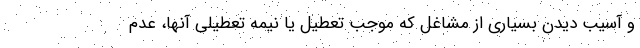
و آسیب دیدن بسیاری از مشاغل که موجب تعطیل یا نیمه تعطیلی آنها، عدم